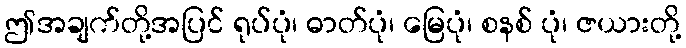
ဤအချက်တို့အပြင် ရုပ်ပုံ၊ ဓာတ်ပုံ၊ မြေပုံ၊ စနစ် ပုံ၊ ဇယားတို့